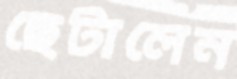
ছেটালেন